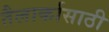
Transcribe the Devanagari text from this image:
तैलार्कासाठी